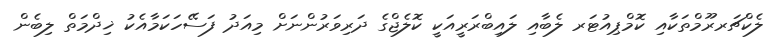
ލެކްޗަރރޫމްތަކާއި ކޮމްޕިއުޓަރ ލެބާއި ލައިބްރަރީއަކީ ކޮލެޖްގެ ދަރިވަރުންނަށް މިއަދު ފަސޭހަކަމާއެކު ޚިދްމަތް ލިބެން